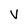
Character: v